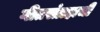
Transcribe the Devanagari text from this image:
गीतसंग्रहाची